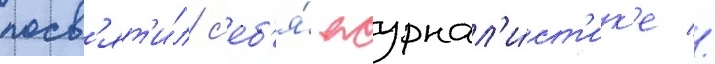
посв'ят'и́л с'еб'я́ журнал'и́ст'ик'е //